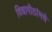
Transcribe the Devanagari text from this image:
विद्यापीठांमधे